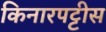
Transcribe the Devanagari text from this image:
किनारपट्टीस